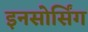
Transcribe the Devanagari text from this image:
इनसोर्सिंग